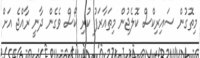
މިތޮގުން ސައިރިކްސް ކޮލެޖުން މިތައާރަފު ކުރި ކޯސް ވެގެން ދާނީ ރާއްޖެ އަށް